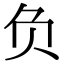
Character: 负